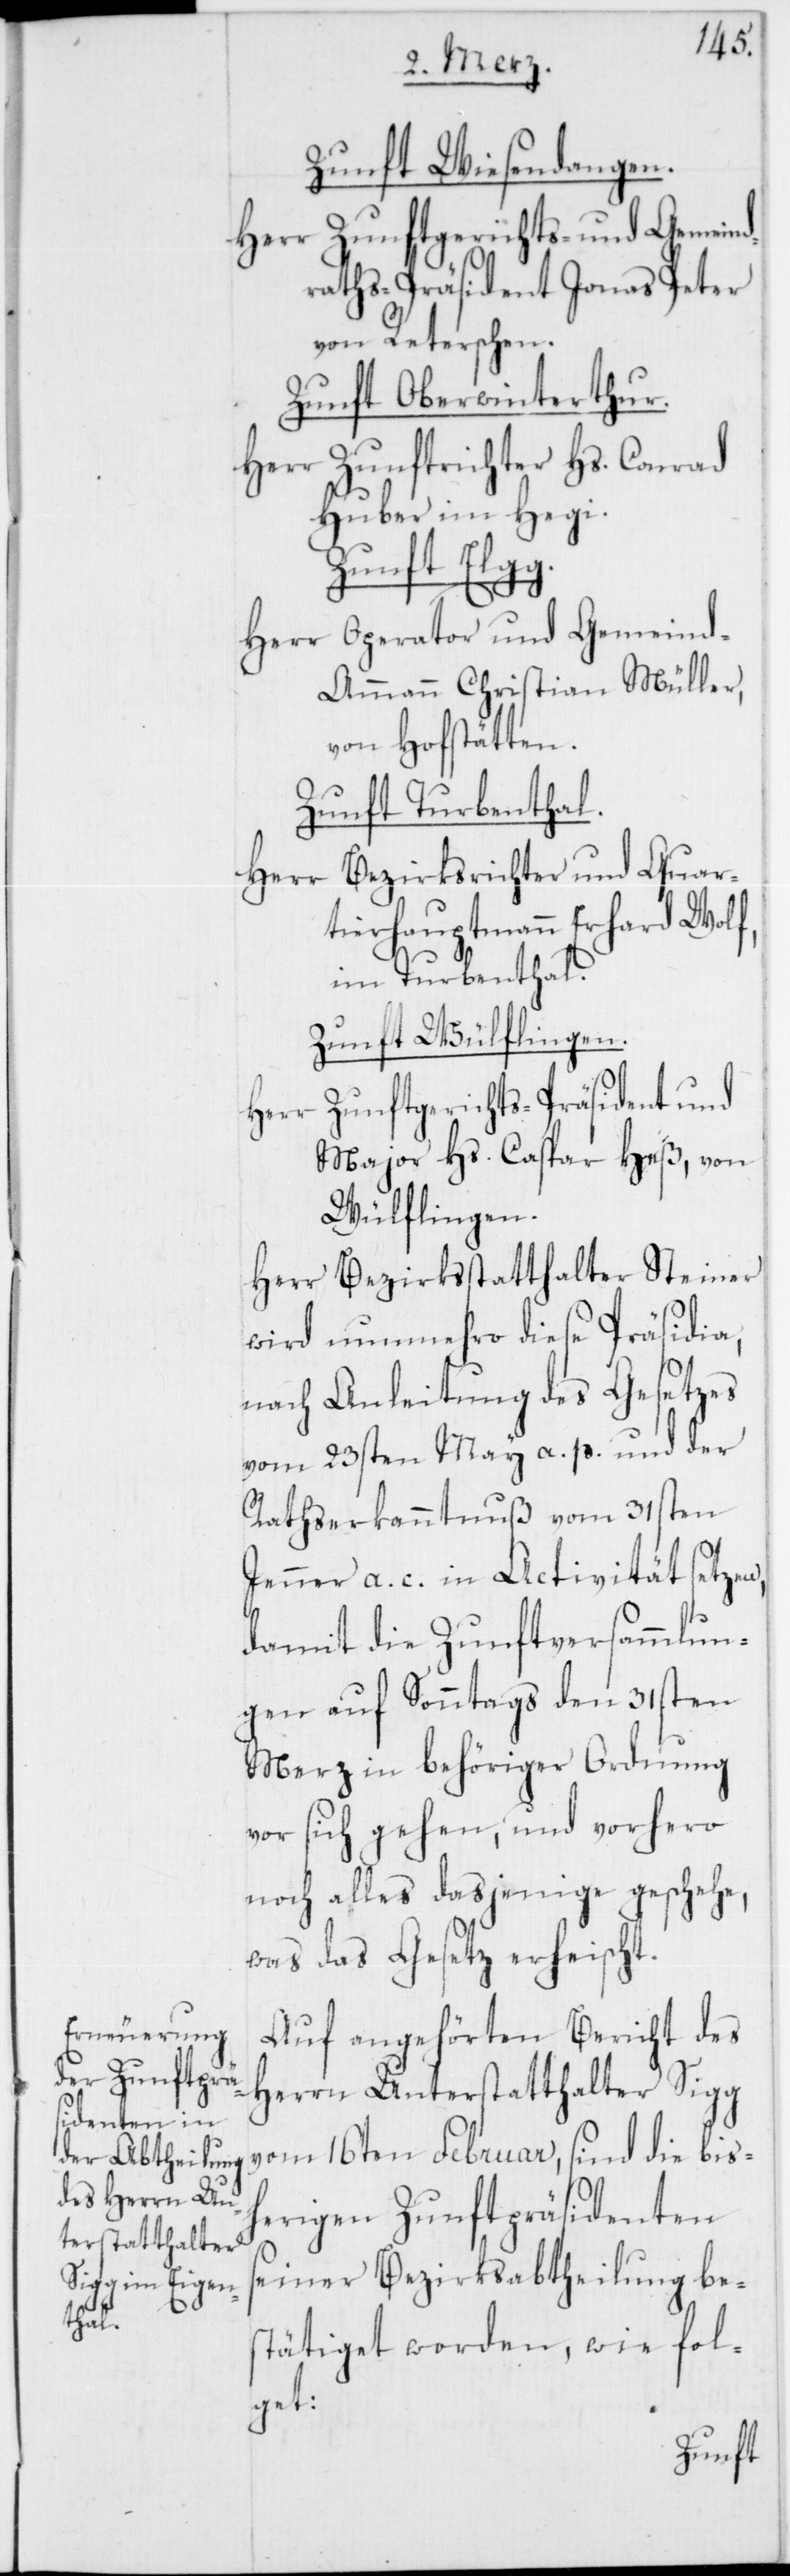
Zunft Wiesendangen.
Herr Zunftgerichts- und Gemeind¬
raths-Präsident Jonas Peter,
von Reterschen.
Zunft Oberwinterthur.
Herr Zunftrichter Hs. Conrad
Huber, im Hegi.
Zunft Elg¬
g.
Herr Operator und Gemein¬
d-Ammann Christian Müller,
von Hofstätten.
Zunft Turbenthal.
Bezirksrichter und Quar¬
tierhauptmann Erhard Wolf,
im Turbenthal.
Zunft Wülflingen.
Zunftgerichts-Präsident und
Herr
Major Hs. Caspar Heß, von
Wülflingen.
Herr Bezirksstatthalter Steiner
wird nunmehro diese Präsidia,
nach Anleitung des Gesetzes
vom 23sten May a. p. und der
Rathserkanntnuß vom 31sten
Jenner a. c. in Activität setzen,
damit die Zunftversammlun¬
gen auf Sonntags den 31sten
Merz in behöriger Ordnung
vor sich gehen, und vorhero
noch alles dasjenige geschehe,
was das Gesetz erheischt.
Auf angehörten Bericht des
Herrn Unterstatthalter Sigg
vom 16ten Februar, sind die bish¬
erigen Zunftpräsidenten
seiner Bezirksabtheilung be¬
stätiget worden, wie fol¬
get: